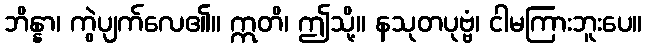
ဘိန္နာ၊ ကွဲပျက်လေ၏။ ဣတိ၊ ဤသို့။ နသုတပုဗ္ဗံ၊ ငါမကြားဘူးပေ။